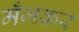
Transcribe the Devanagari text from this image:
मँजकर